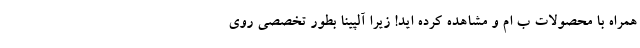
همراه با محصولات ب ام و مشاهده کرده اید! زیرا آلپینا بطور تخصصی روی